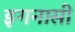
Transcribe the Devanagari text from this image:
इगनासी